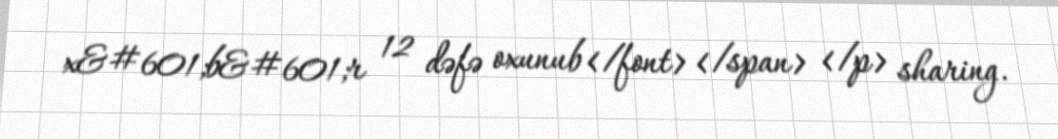
x&#601;b&#601;r 12 dəfə oxunub</font></span> </p> sharing.